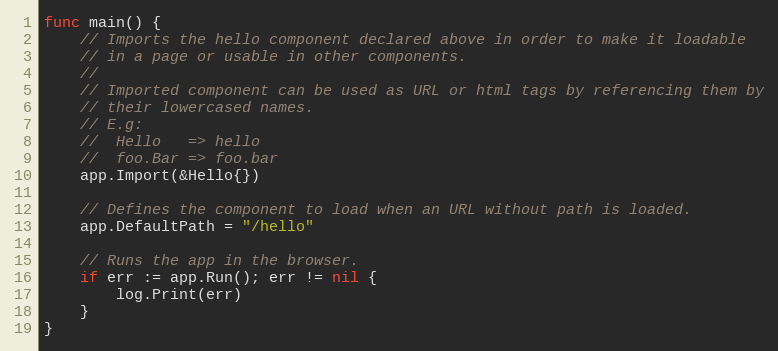
Language: Go
func main() {
	// Imports the hello component declared above in order to make it loadable
	// in a page or usable in other components.
	//
	// Imported component can be used as URL or html tags by referencing them by
	// their lowercased names.
	// E.g:
	//  Hello   => hello
	//  foo.Bar => foo.bar
	app.Import(&Hello{})

	// Defines the component to load when an URL without path is loaded.
	app.DefaultPath = "/hello"

	// Runs the app in the browser.
	if err := app.Run(); err != nil {
		log.Print(err)
	}
}